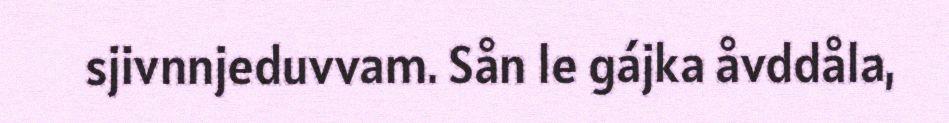
sjivnnjeduvvam. Sån le gájka åvddåla,